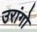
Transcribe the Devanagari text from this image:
उरांगो